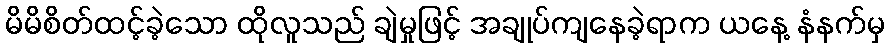
မိမိစိတ်ထင့်ခဲ့သော ထိုလူသည် ချဲမှုဖြင့် အချုပ်ကျနေခဲ့ရာက ယနေ့ နံနက်မှ